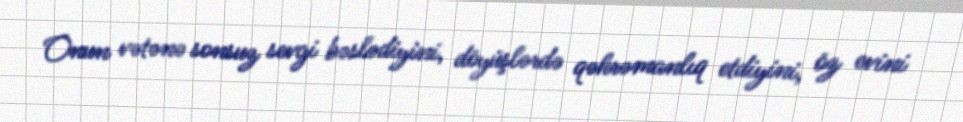
Onun vətənə sonsuz sevgi bəslədiyini, döyüşlərdə qəhrəmanlıq etdiyini, öz evini